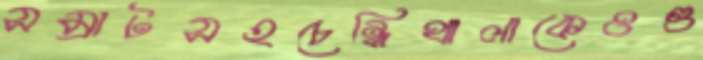
সম্রাটসহচেন্নিথালাকেওগু